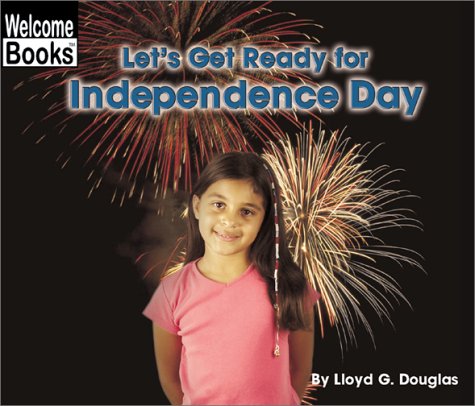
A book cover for Let's Get Ready for Independence Day (Welcome Books: Celebrations); Lloyd G. Douglas; Children's Books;